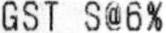
GST S@6%